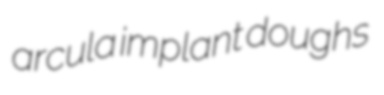
arcula implant doughs